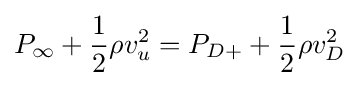
P_{\infty }+{\frac {1}{2}}\rho v_{u}^{2}=P_{D+}+{\frac {1}{2}}\rho v_{D}^{2}